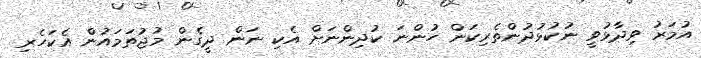
އުމަރު ވިދާޅުވީ ނުކުޅުދުންތެރިކަން ހުންނަ ކުދިންނަށް އެކި ނަން ދީގެން މުޖުތަމައުން އެކަހެރި